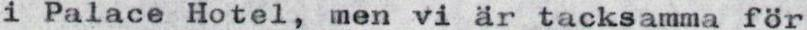
i Palace Hotel, men vi är tacksamma för